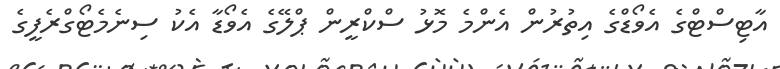
އާޓިސްޓްގެ އެވޯޑްގެ އިތުރުން އެންމެ މޮޅު ސްކްރީން ޕްލޭގެ އެވޯޑާ އެކު ސިނެމެޓޯގްރެފީގެ